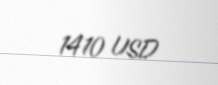
1410 USD